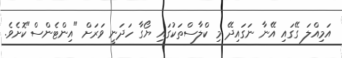
އަމިއްލަ ގޭގައި އޭނާ ނަގައިދޭ މި ކްލާސްތަކުގައި ޔޯގާ ހަދަނީ ވަރަށް "އިންޓެންސް"ކޮށެވެ.